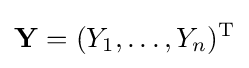
\mathbf {Y} =(Y_{1},\ldots ,Y_{n})^{\rm {T}}